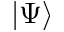
| \Psi \rangle